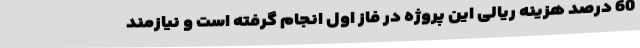
60 درصد هزینه ریالی این پروژه در فاز اول انجام گرفته است و نیازمند